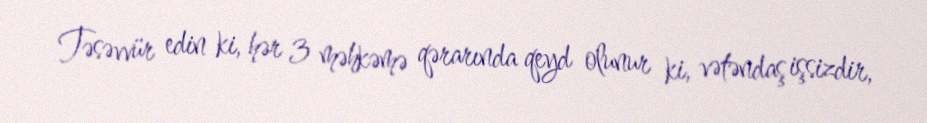
Təsəvvür edin ki, hər 3 məhkəmə qərarında qeyd olunur ki, vətəndaş işsizdir,